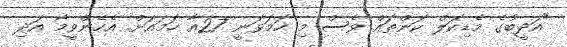
"އަދީބުގެ މެޑިކަލް ކަންތައް ވެސް މި ހަމަވަނީ 27އާ ހަމައަށް. އެހެންވީމާ އަދި